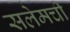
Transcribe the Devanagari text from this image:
सलेमची